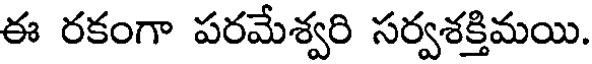
ఈ రకంగా పరమేశ్వరి సర్వశక్తిమయి.